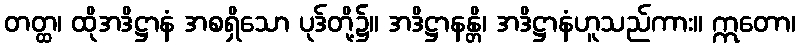
တတ္ထ၊ ထိုအဒိဋ္ဌာနံ အစရှိသော ပုဒ်တို့၌။ အဒိဋ္ဌာနန္တိ၊ အဒိဋ္ဌာနံဟူသည်ကား။ ဣတော၊